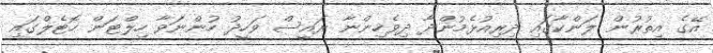
އޭގެ އިތުރުން ލަންކާގައި ދިރިއުޅެމުންދާ ދިވެހިންނާ ރައީސް ވަހީދު ހުންނަވާ ހިލްޓަން ހޮޓެލްގައި